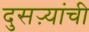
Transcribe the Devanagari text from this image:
दुसऱ्यांची